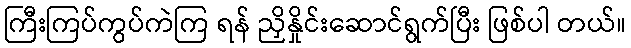
ကြီးကြပ်ကွပ်ကဲကြ ရန် ညှိနှိုင်းဆောင်ရွက်ပြီး ဖြစ်ပါ တယ်။